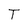
Character: T